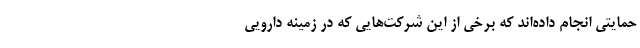
حمایتی انجام داده‌اند که برخی از این شرکت‌هایی که در زمینه دارویی